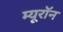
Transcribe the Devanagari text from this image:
म्यूरॉन